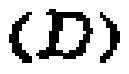
$(D)$